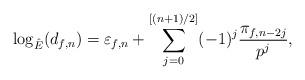
LaTeX: \begin{align*}\log_{\hat{E}}(d_{f, n}) = \varepsilon_{f, n} + \sum_{j=0}^{[(n+1)/2]} (-1)^j \frac{\pi_{f, n - 2j}}{p^j},\end{align*}